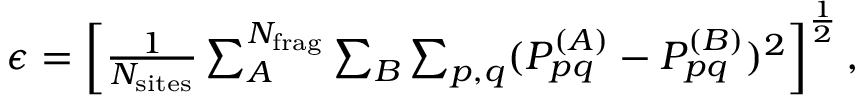
\begin{array} { r } { \epsilon = \left[ \frac { 1 } { N _ { \mathrm { s i t e s } } } \sum _ { A } ^ { N _ { \mathrm { f r a g } } } \sum _ { B } \sum _ { p , q } ( P _ { p q } ^ { ( A ) } - P _ { p q } ^ { ( B ) } ) ^ { 2 } \right] ^ { \frac { 1 } { 2 } } , } \end{array}